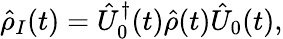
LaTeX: \hat{\rho}_{I}(t)=\hat{U}_{0}^{\dagger}(t)\hat{\rho}(t)\hat{U}_{0}(t),